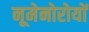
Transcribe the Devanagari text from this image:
नूमेनोरोयों